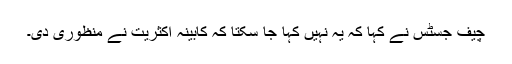
چیف جسٹس نے کہا کہ یہ نہیں کہا جا سکتا کہ کابینہ اکثریت نے منظوری دی۔